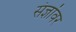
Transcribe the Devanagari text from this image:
संज्ञांवर